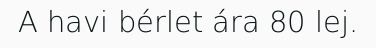
A havi bérlet ára 80 lej.